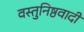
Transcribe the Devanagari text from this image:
वस्तुनिष्ठवादी